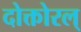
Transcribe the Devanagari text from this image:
दोक्तोरल्